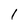
Character: 1